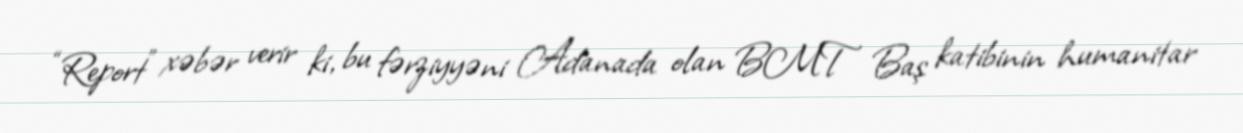
“Report” xəbər verir ki, bu fərziyyəni Adanada olan BMT Baş katibinin humanitar